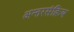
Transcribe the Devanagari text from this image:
अन्तरसंक्रिय